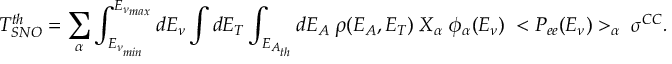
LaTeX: { \cal M } _ { D _ { s } ^ { + } \to \pi ^ { + } \pi ^ { + } \pi ^ { - } } = - i \frac { G _ { F } } { \sqrt { 2 } } \cos ^ { 2 } \theta _ { c } a _ { 1 } m _ { D _ { s } } ^ { 2 } f _ { D _ { s } } F _ { 4 } ( m _ { \pi ^ { - } \pi _ { 1 } ^ { + } } ^ { 2 } , m _ { \pi ^ { - } \pi _ { 2 } ^ { + } } ^ { 2 } )